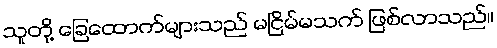
သူတို့ ခြေထောက်များသည် မငြိမ်မသက် ဖြစ်လာသည်။